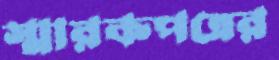
স্মারকপত্রের